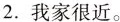
2.我家很近。